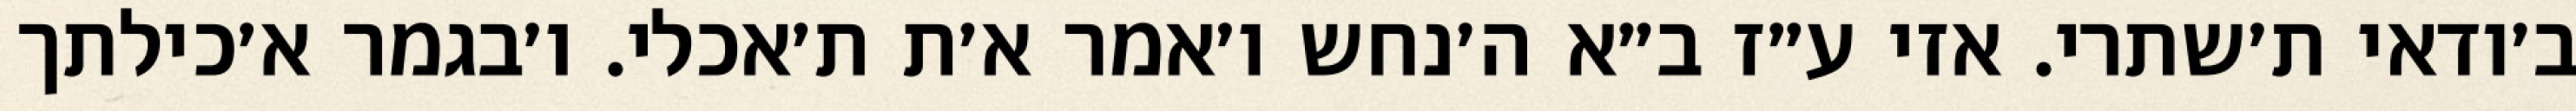
ב׳ודאי ת׳שתרי. אזי ע״ז ב״א ה׳נחש ו׳אמר א׳ת ת׳אכלי. ו׳בגמר א׳כילתך